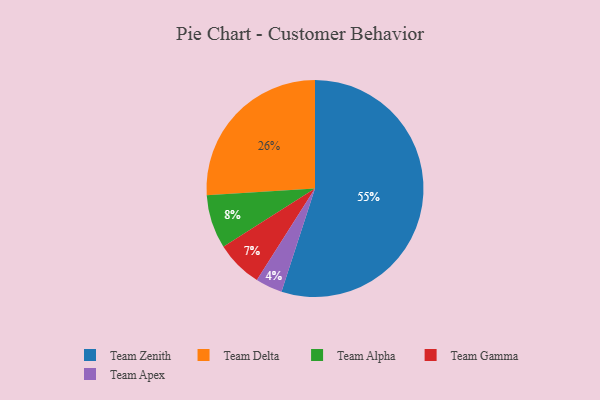
{"axis": {"x": "Category", "y": "Percentage"}, "legend": ["Team Alpha", "Team Apex", "Team Delta", "Team Gamma", "Team Zenith"], "data": [{"x": "Team Delta", "y": 26, "type": "Team Delta"}, {"x": "Team Zenith", "y": 55, "type": "Team Zenith"}, {"x": "Team Alpha", "y": 8, "type": "Team Alpha"}, {"x": "Team Apex", "y": 4, "type": "Team Apex"}, {"x": "Team Gamma", "y": 7, "type": "Team Gamma"}]}